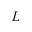
L